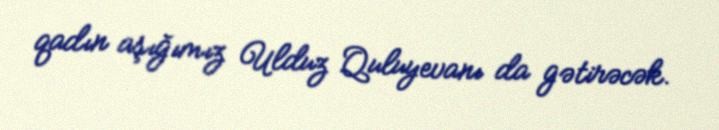
qadın aşığımız Ulduz Quluyevanı da gətirəcək.